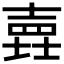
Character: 𡐎